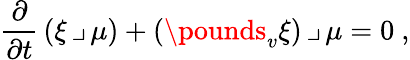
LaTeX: \frac\partial{\partial t}\, (\xi\, \lrcorner\, \mu)+(\pounds_{v}\xi)\, \lrcorner\, \mu=0\ ,